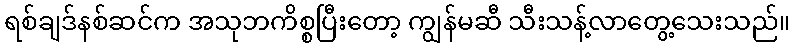
ရစ်ချဒ်နစ်ဆင်က အသုဘကိစ္စပြီးတော့ ကျွန်မဆီ သီးသန့်လာတွေ့သေးသည်။